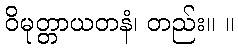
ဝိမုတ္တာယတနံ၊ တည်း။ ။